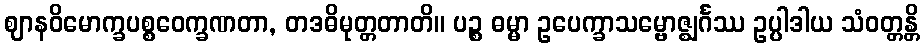
ဈာနဝိမောက္ခပစ္စဝေက္ခဏတာ, တဒဓိမုတ္တတာတိ။ ပဉ္စ ဓမ္မာ ဥပေက္ခာသမ္ဗောဇ္ဈင်္ဂဿ ဥပ္ပါဒါယ သံဝတ္တန္တိ